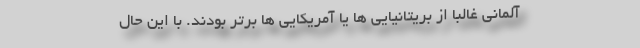
آلمانی غالبا از بریتانیایی ها یا آمریکایی ها برتر بودند. با این حال